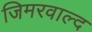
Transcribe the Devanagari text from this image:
जिमरवाल्द